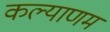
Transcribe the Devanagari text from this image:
कल्‍याणम